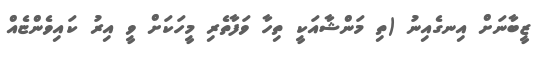
ޒީބާނަށް އިނގެއިނު (ތި މަންޝާއަކީީ ތިހާ ވަފާތެރި މީހަކަށް ވީ އިރު ކައިވެންޏެއް